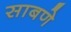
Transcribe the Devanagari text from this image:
साबणे